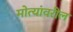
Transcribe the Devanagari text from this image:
मोत्यांवरील